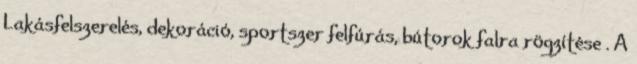
Lakásfelszerelés, dekoráció, sportszer felfúrás, bútorok falra rögzítése . A